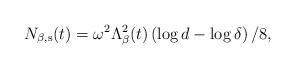
LaTeX: \begin{align*}N_{\beta,\rm{s}}(t) = \omega^2 \Lambda_\beta^2(t) \left( \log d - \log \delta \right)/8,\end{align*}